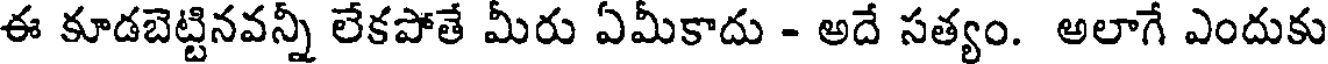
ఈ కూడబెట్టినవన్నీ లేకపోతే మీరు ఏమీకాదు - అదే సత్యం. అలాగే ఎందుకు